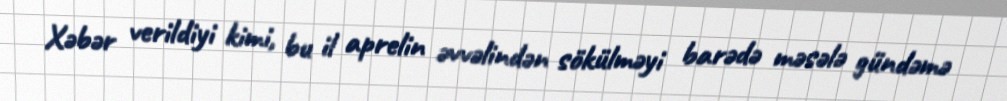
Xəbər verildiyi kimi, bu il aprelin əvvəlindən sökülməyi barədə məsələ gündəmə